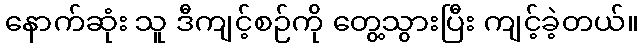
နောက်ဆုံး သူ ဒီကျင့်စဉ်ကို တွေ့သွားပြီး ကျင့်ခဲ့တယ်။